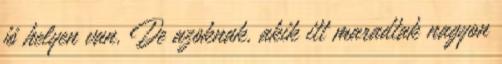
jó helyen van. De azoknak, akik itt maradtak nagyon